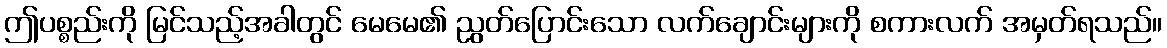
ဤပစ္စည်းကို မြင်သည့်အခါတွင် မေမေ၏ ညွတ်ပြောင်းသော လက်ချောင်းများကို စကားလက် အမှတ်ရသည်။